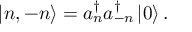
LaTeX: \left| n , - n \right\rangle = a _ { n } ^ { \dagger } a _ { - n } ^ { \dagger } \left| 0 \right\rangle .